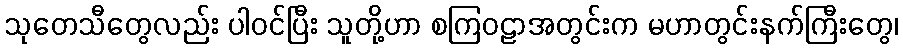
သုတေသီတွေလည်း ပါဝင်ပြီး သူတို့ဟာ စကြဝဠာအတွင်းက မဟာတွင်းနက်ကြီးတွေ၊